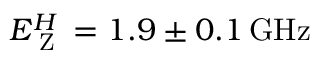
E _ { \textrm { Z } } ^ { H } = 1 . 9 \pm 0 . 1 \, \mathrm { G H z }